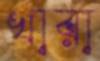
খারা